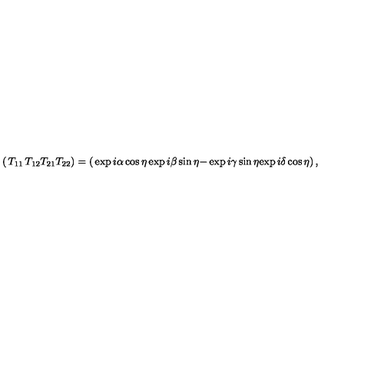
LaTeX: \left( \begin{matrix} { T _ { 1 1 } } & { } & { T _ { 1 2 } } \\ { T _ { 2 1 } } & { } & { T _ { 2 2 } } \\ \end{matrix} \right) = \left( \begin{matrix} { \exp { i \alpha } \cos { \eta } } & { } & { \exp { i \beta } \sin { \eta } } \\ { - \exp { i \gamma } \sin { \eta } } & { } & { \exp { i \delta } \cos { \eta } } \\ \end{matrix} \right) ,